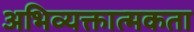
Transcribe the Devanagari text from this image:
अभिव्यक्तात्मकता